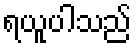
ရယူပါသည်